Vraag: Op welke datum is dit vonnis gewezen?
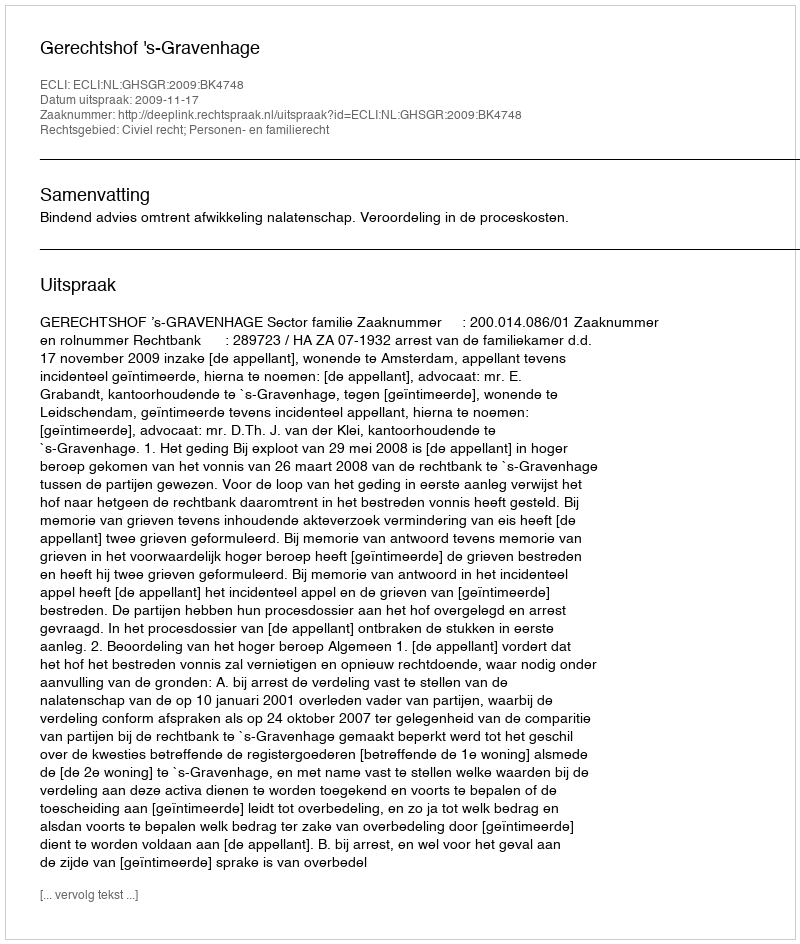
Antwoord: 2009-11-17